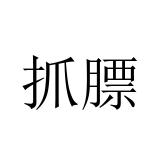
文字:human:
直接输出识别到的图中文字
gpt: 抓膘